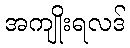
အကျိုးရလဒ်